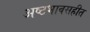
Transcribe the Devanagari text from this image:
अष्टभावसहीत